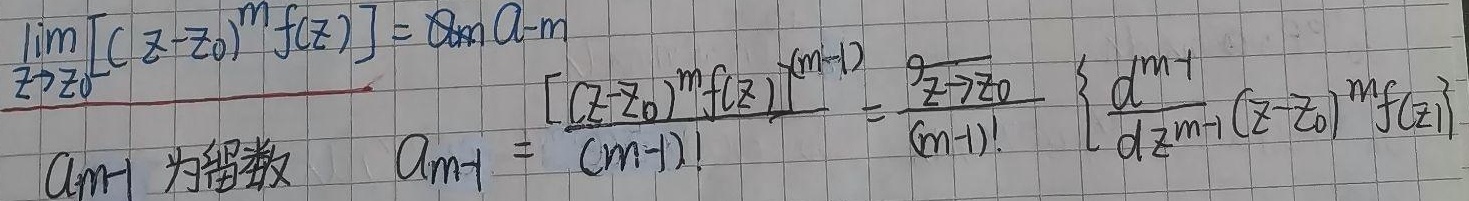
\(a_{-m}\)为留数，且
\[\lim_{z \to z_{0}}[(z - z_{0})^{m}f(z)] = a_{-m}\]
\[a_{-m}=\frac{[(z - z_{0})^{m}f(z)]^{(m - 1)}}{(m - 1)!}=\frac{\lim_{z \to z_{0}} \left\{\frac{d^{m - 1}}{dz^{m - 1}}(z - z_{0})^{m}f(z)\right\}}{(m - 1)!}\]